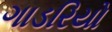
ગાડરિયો